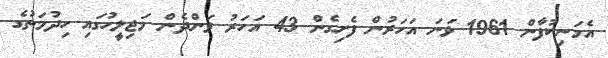
އެމަނިކުފާން 1961 ވަނަ އަހަރުން ފެށިގެން 43 އަހަރު ވަންދެން މަޖިލީހުގައި ހިދުމަތުގެ